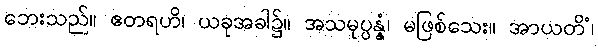
ဘေးသည်။ ဧတရဟိ၊ ယခုအခါ၌။ အသမုပ္ပန္နံ၊ မဖြစ်သေး။ အာယတိံ၊